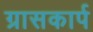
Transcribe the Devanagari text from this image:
ग्रासकार्प